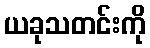
ယခုသတင်းကို